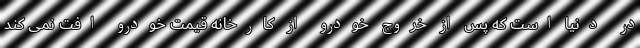
در دنیا است که پس از خروج خودرو از کارخانه قیمت خودرو افت نمی کند